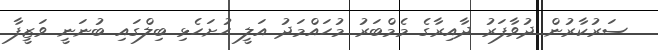
ސަރުކާރުން ދުވާފަރު ދާއިރާގެ މެމްބަރު މުހައްމަދު އަލީ ހުށަހެޅި ބިލްގައި ބުނަނީ ވަޒީފާ